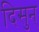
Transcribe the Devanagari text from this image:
दिसुन्